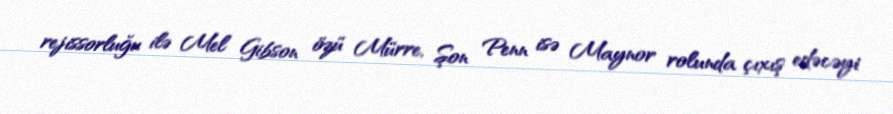
rejissorluğu ilə Mel Gibson özü Mürre, Şon Penn isə Maynor rolunda çıxış edəcəyi